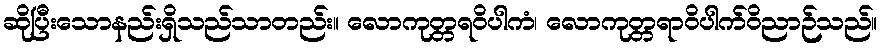
ဆိုပြီးသောနည်းရှိသည်သာတည်း။ လောကုတ္တရဝိပါကံ၊ လောကုတ္တရာဝိပါက်ဝိညာဉ်သည်။